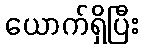
ယောက်ရှိပြီး